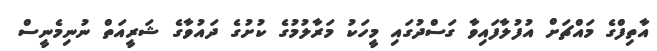
އާތިފްގެ މައްޗަށް އުފުލާފައިވާ ގަސްދުގައި މީހަކު މަރާލުމުގެ ކުށުގެ ދައުވާގެ ޝަރީއަތް ނުނިމެނީސް